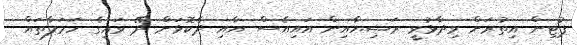
ޕުޓިން އިތުރަށް ވިދާޅުވީ ރަޝިޔާއިން އައިއެސް އާއި ދެކޮޅަށް ދޭ ވައިގެ ހަމަލާތައް